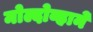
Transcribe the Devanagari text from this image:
मोल्दोव्हाने